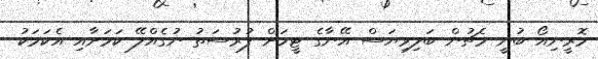
މޮރީނިއޯ ބުނީ މެޗުން ބަލިވިޔަސް އޭނާގެ ޓީމަށް ފުރުސަތު ނުގެއްލޭ ކަމަށާއި އެކަމަކު